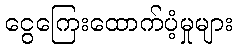
ငွေကြေးထောက်ပံ့မှုများ